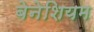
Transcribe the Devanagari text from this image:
बेनेशियम